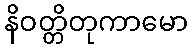
နိဝတ္တိတုကာမော